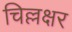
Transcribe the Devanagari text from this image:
चिल्लक्षर